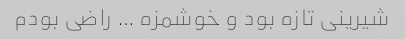
شیرینی تازه بود و خوشمزه … راضی بودم